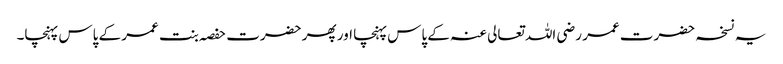
یہ نسخہ حضرت عمر رضی اللہ تعالی عنہ کے پاس پہنچا اور پھر حضرت حفصہ بنت عمر کے پاس پہنچا۔